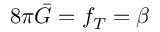
8 \pi \bar { G } = f _ { T } = \beta